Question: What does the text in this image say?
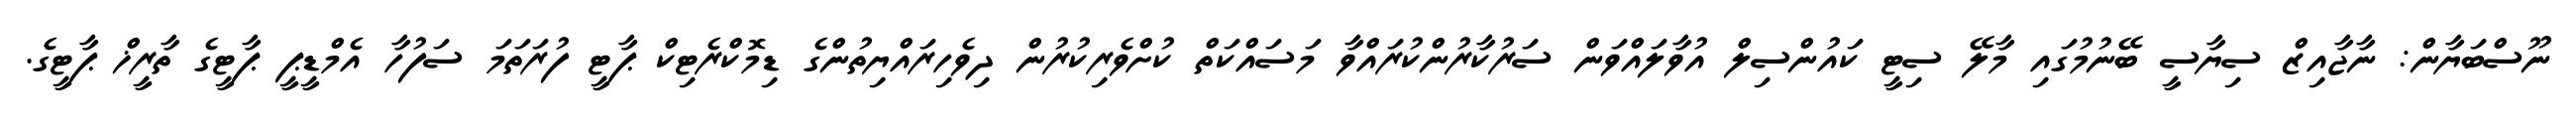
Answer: ނޫސްބަޔާން: ނާޖާއިޒް ސިޔާސީ ބޭނުމުގައި މާލޭ ސިޓީ ކައުންސިލް އުވާލައްވަން ސަރުކާރުންކުރައްވާ މަސައްކަތް ކުށްވެރިކުރުން ދިވެހިރައްޔިތުންގެ ޑިމޮކްރެޓިކް ޕާޓީ ފުރަތަމަ ސަފުހާ އެމްޑީޕީ ޕާޓީގެ ތާރީޚް ޕާޓީގެ.